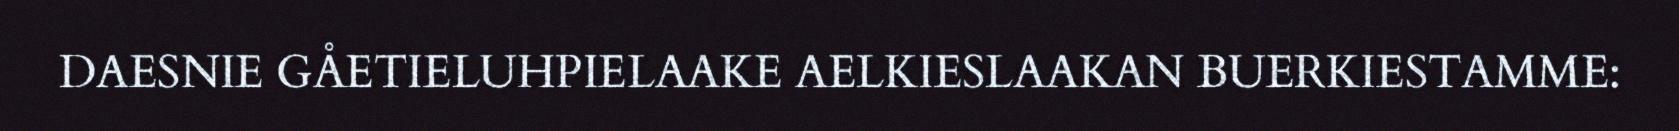
DAESNIE GÅETIELUHPIELAAKE AELKIESLAAKAN BUERKIESTAMME: